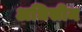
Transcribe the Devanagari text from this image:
अधिसीम